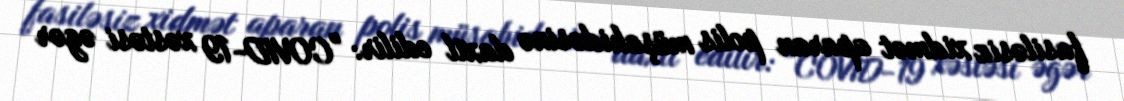
fasiləsiz xidmət aparan polis müşahidəsinə daxil edilir: "COVID-19 xəstəsi əgər